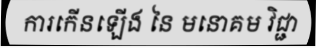
ការកើនឡើង នៃ មនោគម វិជ្ជា